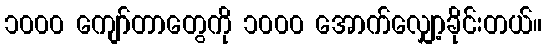
၁၀၀၀ ကျော်တာတွေကို ၁၀၀၀ အောက်လျှော့ခိုင်းတယ်။